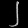
Digit: ၂